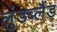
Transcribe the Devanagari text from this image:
लुंडब्लैंड